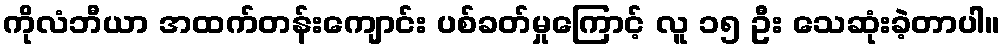
ကိုလံဘီယာ အထက်တန်းကျောင်း ပစ်ခတ်မှုကြောင့် လူ ၁၅ ဦး သေဆုံးခဲ့တာပါ။